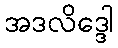
အဒလိဒ္ဒေါ